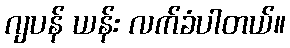
ဂျပန် ယန်း လက်ခံပါတယ်။